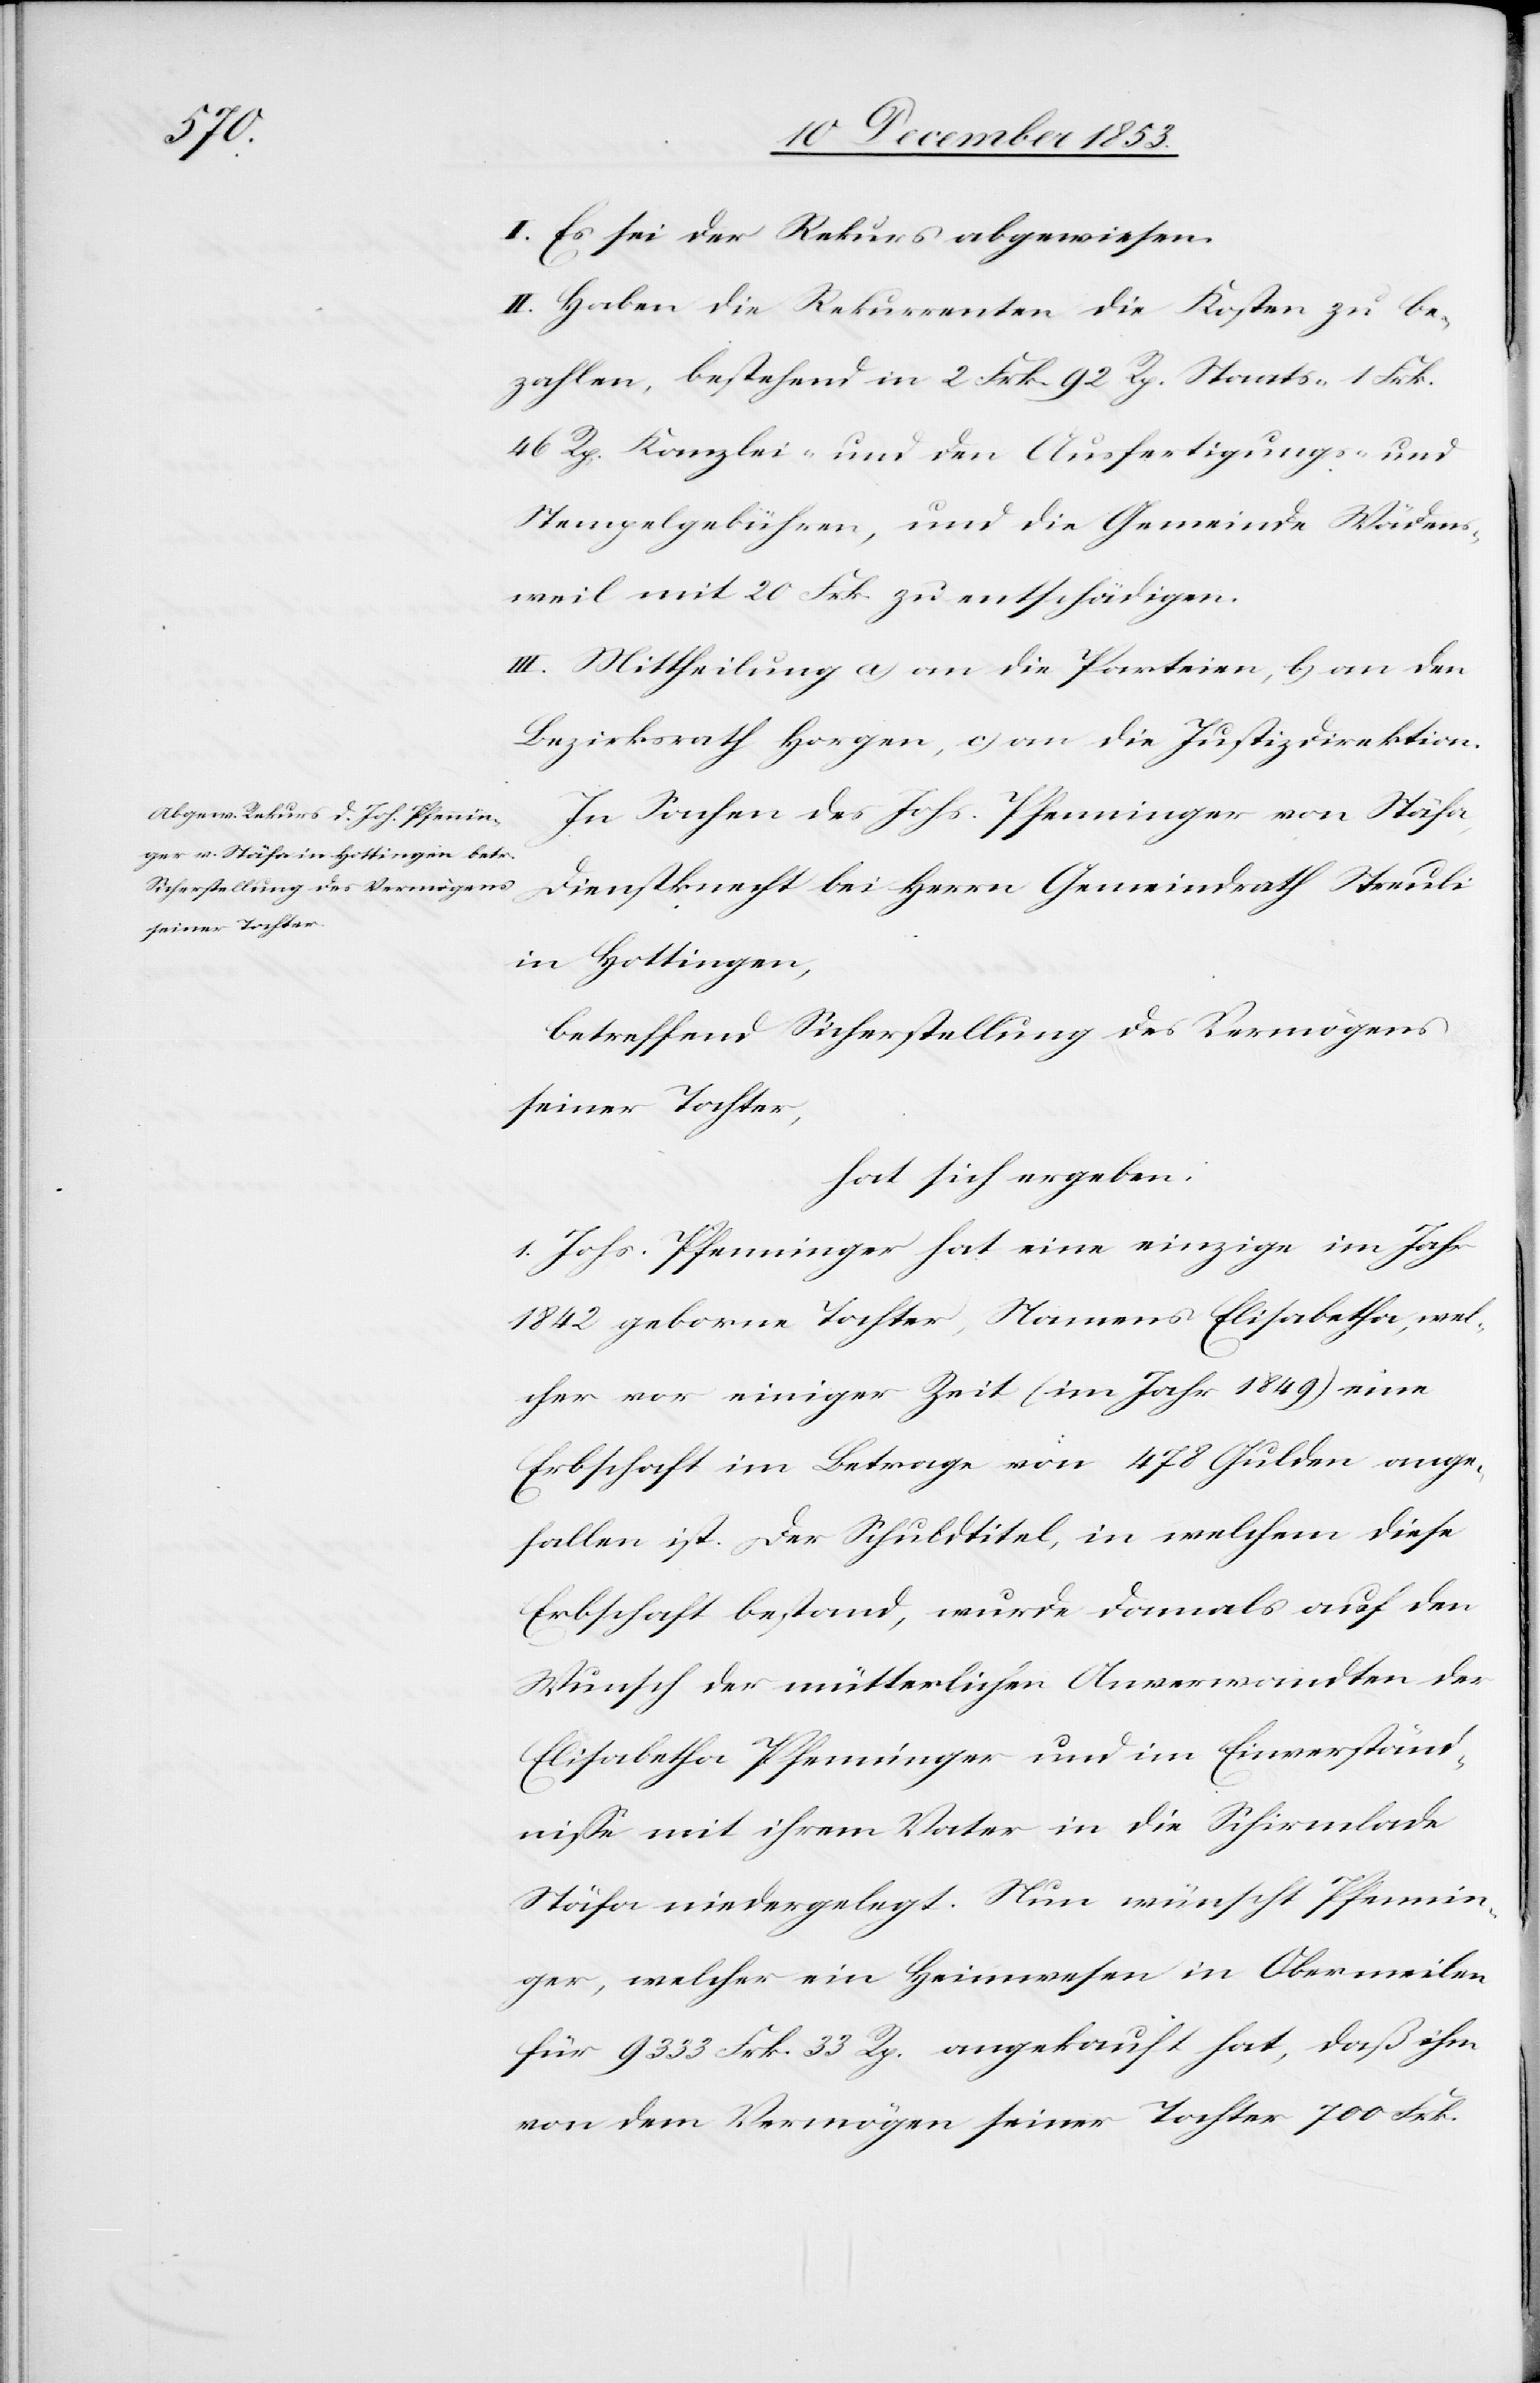
I. Es sei der Rekurs abgewiesen.
II. Haben die Rekurrenten die Kosten zu be¬
zahlen, bestehend in 2 Frk. 92 Rp. Staats- 1 Frk.
46 Rp. Kanzlei- und den Ausfertigungs- u.
Stempelgebühren, und die Gemeinde Wädens¬
weil mit 20 Frk. zu entschädigen.
III. Mittheilung a) an die Parteien, b) an den
Bezirksrath Horgen, c) an die Justizdirektion.
In Sachen des Johs. Pfenninger von Stäfa,
Dienstknecht bei Herrn Gemeindrath Streuli
in Hottingen,
betreffend Sicherstellung des Vermögens
seiner Tochter,
hat sich ergeben:
1. Johs. Pfenninger hat eine einzige im Jahr
1842 geborne Tochter, Namens Elisabetha, wel¬
cher vor einiger Zeit (im Jahr 1849) eine
Erbschaft im Betrage von 478 Gulden ange¬
fallen ist. Der Schuldtitel, in welchem diese
Erbschaft bestand, wurde damals auf den
Wunsch der mütterlichen Anverwandten der
Elisabetha Pfenninger und im Einverständ¬
niße mit ihrem Vater in die Schirmlade
Stäfa niedergelegt. Nun wünscht Pfennin¬
ger, welcher ein Heimwesen in Obermeilen
für 9333 Frk. 33 Rp. angekauft hat, daß ihm
von dem Vermögen seiner Tochter 700 Frk.